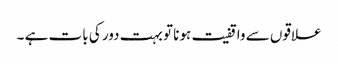
علاقوں سے واقفیت ہونا تو بہت دور کی بات ہے ۔